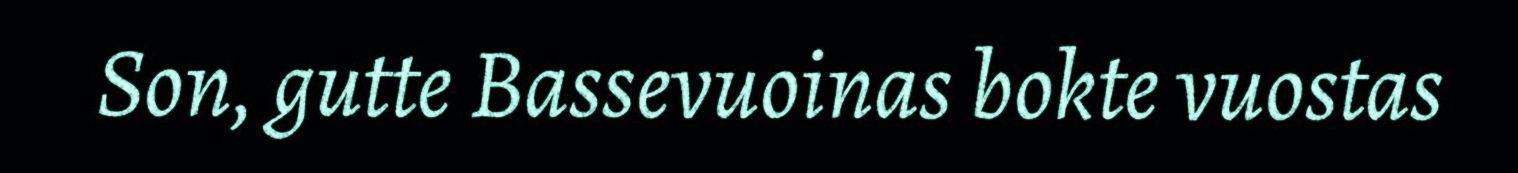
Son, gutte Bassevuoinas bokte vuostas